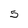
Character: 5